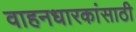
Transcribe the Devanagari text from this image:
वाहनधारकांसाठी